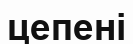
цепені